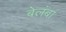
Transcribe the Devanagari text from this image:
बेलंबा